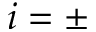
i = \pm